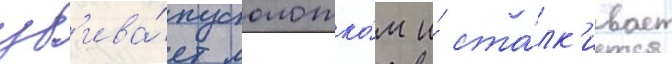
уб'ива́ет молотко́м и́ ста́лк'ивает